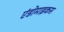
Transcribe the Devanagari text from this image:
एंडोमाइकस